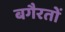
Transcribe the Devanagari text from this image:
बगैरतों